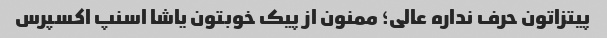
پیتزاتون حرف نداره عالی؛ ممنون از پیک خوبتون یاشا اسنپ اکسپرس